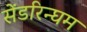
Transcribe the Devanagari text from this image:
सेंडरिन्घम